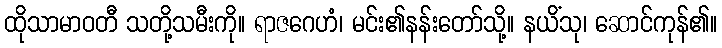
ထိုသာမာဝတီ သတို့သမီးကို။ ရာဇဂေဟံ၊ မင်း၏နန်းတော်သို့။ နယိံသု၊ ဆောင်ကုန်၏။